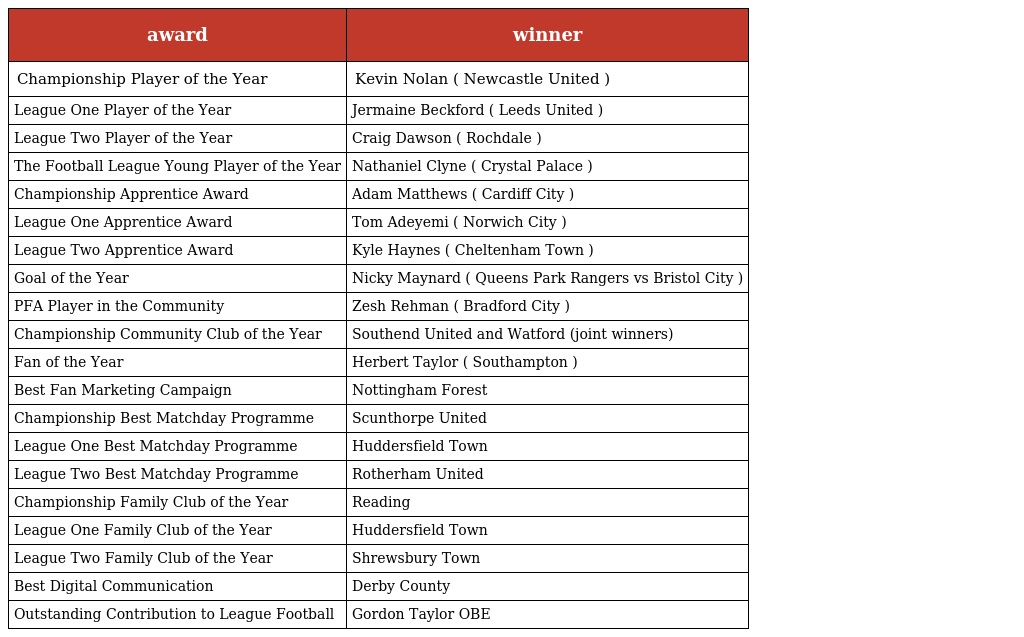
| award | winner |
 | --- | --- |
 | Championship Player of the Year | Kevin Nolan ( Newcastle United ) |
 | League One Player of the Year | Jermaine Beckford ( Leeds United ) |
 | League Two Player of the Year | Craig Dawson ( Rochdale ) |
 | The Football League Young Player of the Year | Nathaniel Clyne ( Crystal Palace ) |
 | Championship Apprentice Award | Adam Matthews ( Cardiff City ) |
 | League One Apprentice Award | Tom Adeyemi ( Norwich City ) |
 | League Two Apprentice Award | Kyle Haynes ( Cheltenham Town ) |
 | Goal of the Year | Nicky Maynard ( Queens Park Rangers vs Bristol City ) |
 | PFA Player in the Community | Zesh Rehman ( Bradford City ) |
 | Championship Community Club of the Year | Southend United and Watford (joint winners) |
 | Fan of the Year | Herbert Taylor ( Southampton ) |
 | Best Fan Marketing Campaign | Nottingham Forest |
 | Championship Best Matchday Programme | Scunthorpe United |
 | League One Best Matchday Programme | Huddersfield Town |
 | League Two Best Matchday Programme | Rotherham United |
 | Championship Family Club of the Year | Reading |
 | League One Family Club of the Year | Huddersfield Town |
 | League Two Family Club of the Year | Shrewsbury Town |
 | Best Digital Communication | Derby County |
 | Outstanding Contribution to League Football | Gordon Taylor OBE |